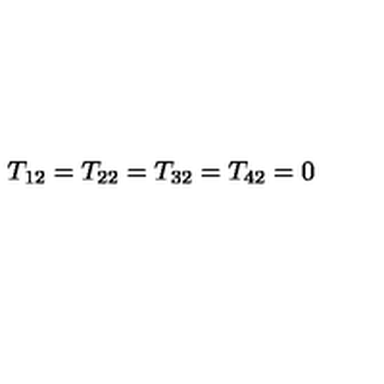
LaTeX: T _ { 1 2 } = T _ { 2 2 } = T _ { 3 2 } = T _ { 4 2 } = 0